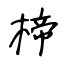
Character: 楴